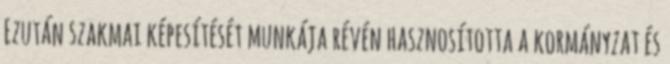
Ezután szakmai képesítését munkája révén hasznosította a kormányzat és